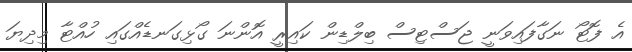
އެ ފޮޓޯ ނަގާފައިވަނީ ޖަސްޓިސް ބިލްޑިން ކައިރީ އޮންނަ ގޯޅިގަނޑެއްގައި ހުއްޓާ މިދިޔަ